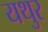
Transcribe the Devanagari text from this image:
यथुर